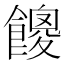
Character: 𩞝